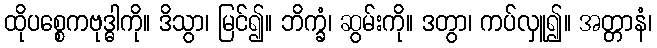
ထိုပစ္စေကဗုဒ္ဓါကို။ ဒိသွာ၊ မြင်၍။ ဘိက္ခံ၊ ဆွမ်းကို။ ဒတွာ၊ ကပ်လှူ၍။ အတ္တာနံ၊